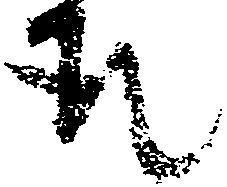
取